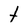
Character: t